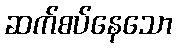
ဆက်စပ်နေသော